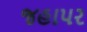
જહાપર